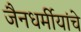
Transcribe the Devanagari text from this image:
जैनधर्मीयांचे